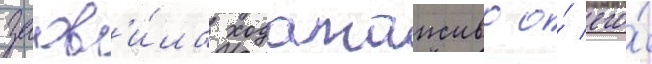
заав'и́ла ходатаиство о́ его́